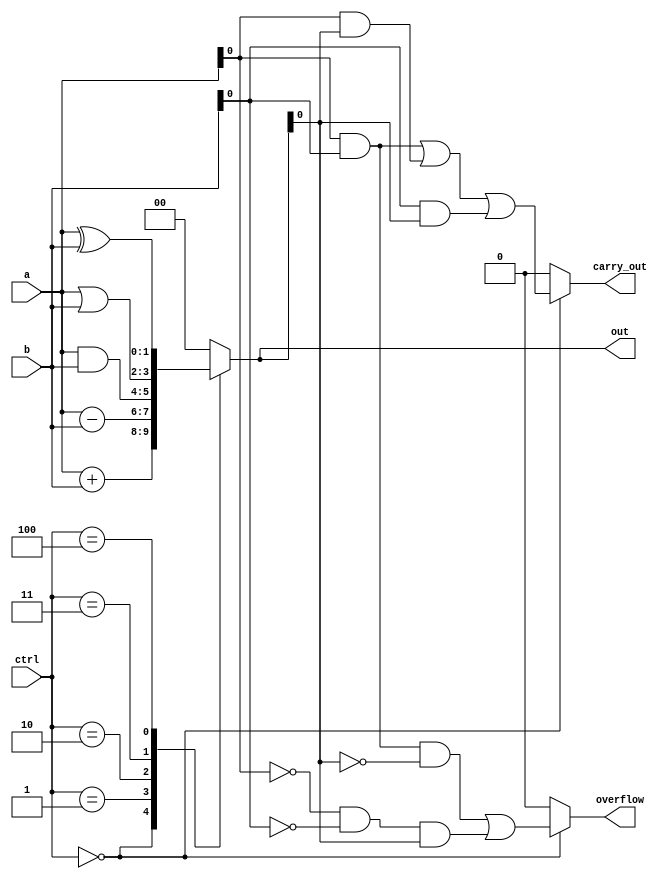
module alu_1bit (
    input [1:0] a, b, // 1-bit inputs
    input [2:0] ctrl, // control signals
    output reg [1:0] out, // output
    output reg overflow, // overflow flag
    output reg carry_out // carry out flag
);

always @(*) begin
    case(ctrl)
        3'b000: out = a + b; // addition
        3'b001: out = a - b; // subtraction
        3'b010: out = a & b; // AND
        3'b011: out = a | b; // OR
        3'b100: out = a ^ b; // XOR
        default: out = 2'b00;
    endcase

    // Overflow and carry out logic
    if(ctrl == 3'b000) begin
        overflow = (a[0] & b[0] & ~out[0]) | (~a[0] & ~b[0] & out[0]);
        carry_out = (a[0] & b[0]) | (a[0] & out[0]) | (b[0] & out[0]);
    end else begin
        overflow = 1'b0;
        carry_out = 1'b0;
    end
end

endmodule